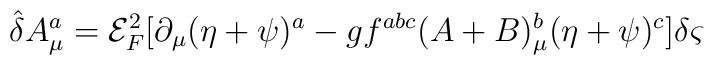
{\hat{\delta}} A^{a}_{\mu }={\mathcal{E}}_{F}^{2}[\partial _{\mu }( \eta +\psi )^{a}-gf^{abc}(A+B)^{b}_{\mu }(\eta +\psi )^{c}]\delta \varsigma